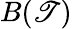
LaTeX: B(\mathscr{T})